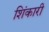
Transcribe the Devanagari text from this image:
शिंकारी